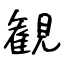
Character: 観